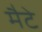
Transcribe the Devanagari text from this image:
मैटे